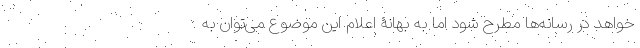
‌خواهد در رسانه‌ها مطرح شود اما به بهانۀ اعلام این موضوع می‌توان به